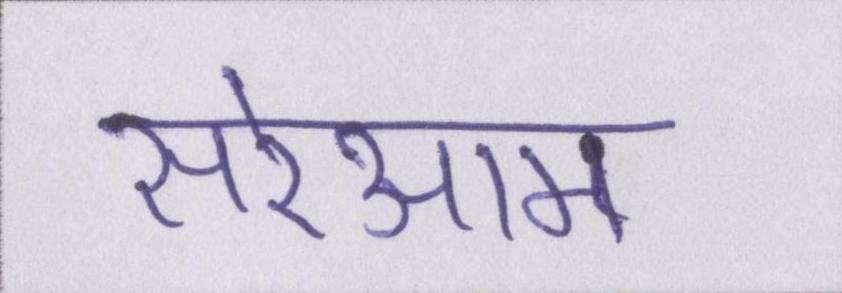
सरेआम